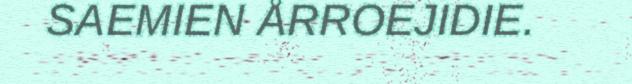
SAEMIEN ÅRROEJIDIE.